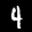
Digit: 4